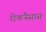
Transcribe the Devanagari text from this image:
रीकनैसांस